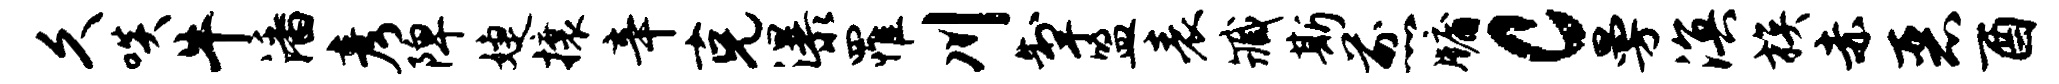
久啖牛潘彦陴婕攘辛克瀑罹川掣盟表臧斯煎牖c曼溟族赤恶酉